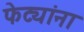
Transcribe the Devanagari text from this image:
फेट्यांना